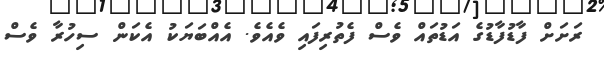
ރަށަށް ފާޑުފާޑުގެ އަޑުތައް ވެސް ފެތުރިފައި ވެއެވެ. އެއްބަޔަކު އެކަން ސިހުރާ ވެސް